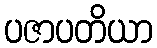
ပဇာပတိယာ